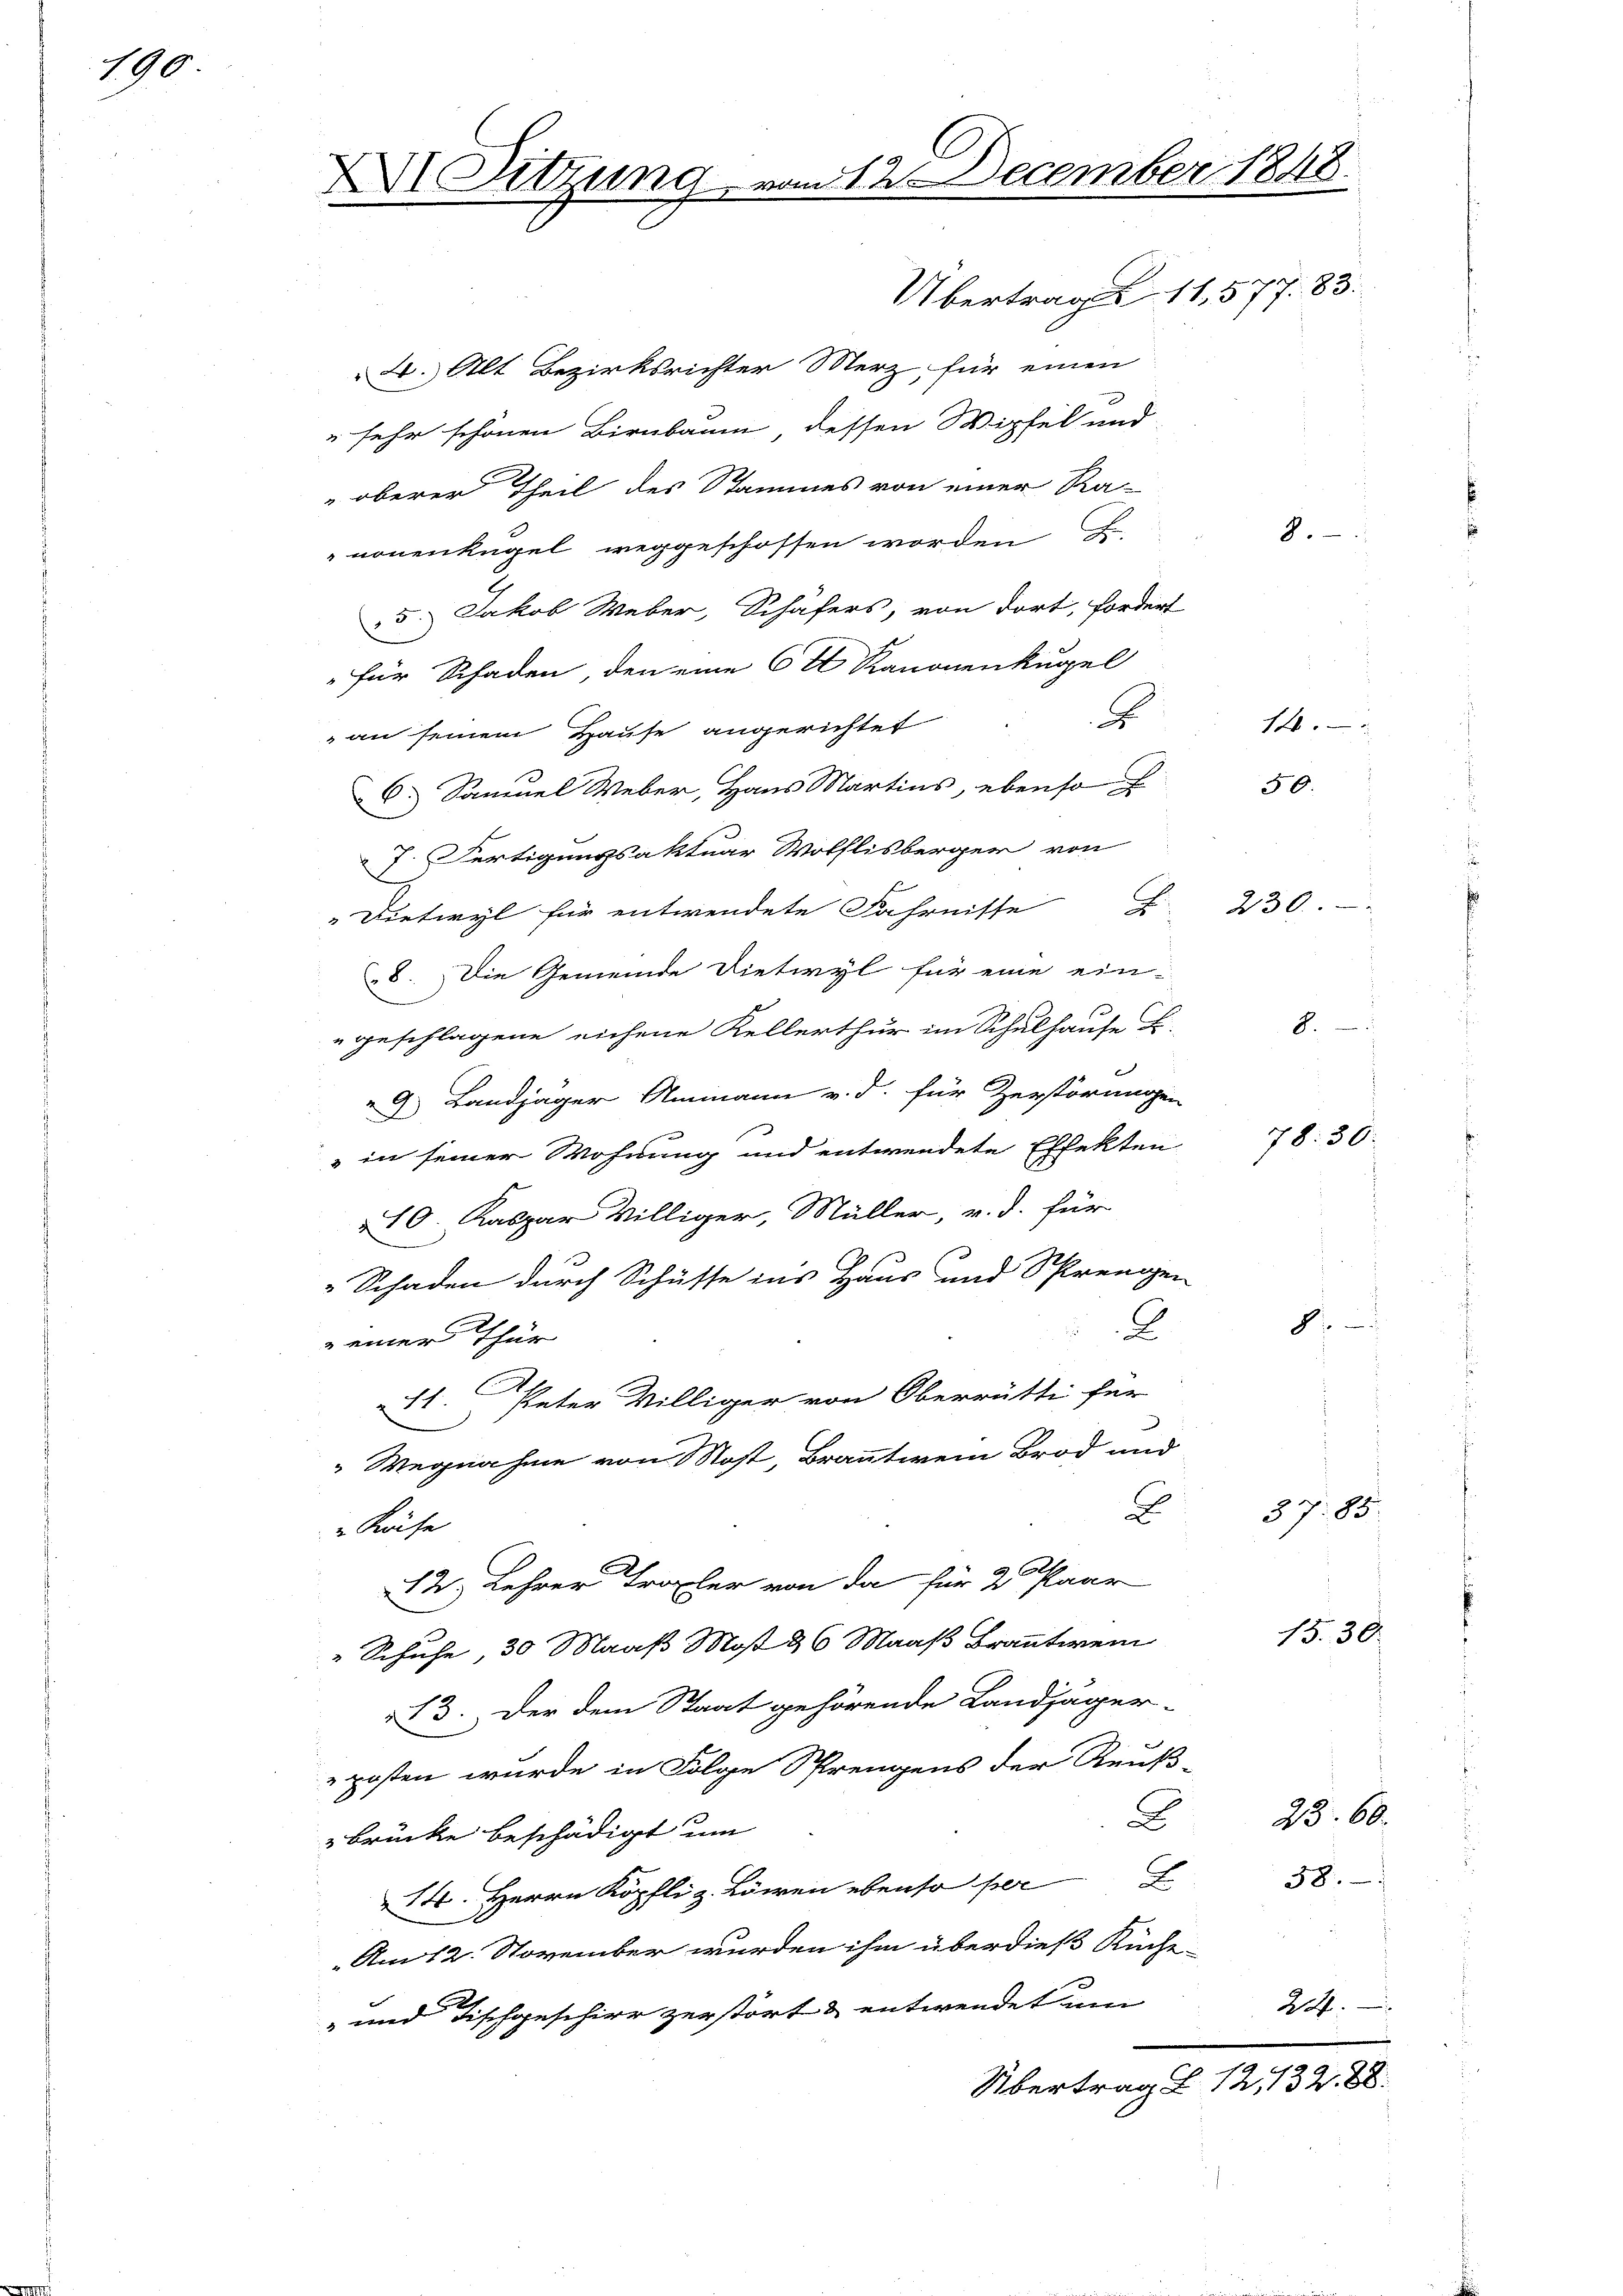
190

XI. Sitzung

Übertrag. 11,577. 83.
2. Alt Bezirksrichter Merz, für einen
 sehr schonen Birnbaum dessen Wipfel und
oberer Theil des Stammes von einer Ra-
nonenkugel weggeschossen worden F.
15. Jakob Weber, Schafers, von dort, fordert
„für Schaden, den eine 6 t Kanonenkugel
d
an seinem Hause angerichtet
C. Samuel Weber, Haus Martins, ebenso
7. Fertigungsaktuar Wolflisberger von
" Dietwyl für entwendete Fahrnisse E
8. Die Gemeinde Dietwyl für eine ein¬
"geschlagene eichene Kellerthur im Schulhause L.
9. Landjäger Ammann v. d. für Zerstörungen
" in seiner Wohnung und entwendete Effekten
10. Kaspar Williger, Müller, v. J. für
Schaden durch Schüsse ins Haus und Sprengen
2
 einer für
11 Peter Williger von Oberrütti für
" Wegnahme von Most Branntwein Brod und
D
Käfe
.
12. Lehrer Tropfer von da für 2 Paar
" Schuhe, 30 Maaß Most & 6 Maaß Branntwein
3. Der dem Staat gehörende Landjäger-
posten wurde in Folge Sprengens der Reuß-
C
brücke beschädigt um
14. Herrn Köpfli z. Löwen ebenso per
„Am 12. November wurden ihm überdieß Küche-
2.
-und Fischgeschier zerstört & entwendet um
Übertrag § 12, 132. 88.

312. December 1848.

14.
50.

230.

3.

8.

d

78. 30.

c

37. B.

15. 30.

25. 60.
58.

22.